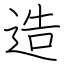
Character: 造